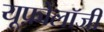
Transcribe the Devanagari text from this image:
यूफ़ोलॉजी